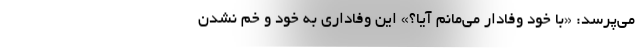
می‌پرسد: «با خود وفادار می‌مانم آیا؟» این وفاداری به خود و خم نشدن